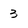
Character: 3